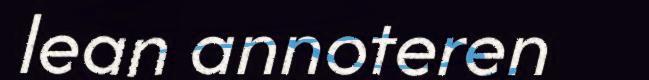
lean annoteren